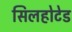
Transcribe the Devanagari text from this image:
सिलहोटेड